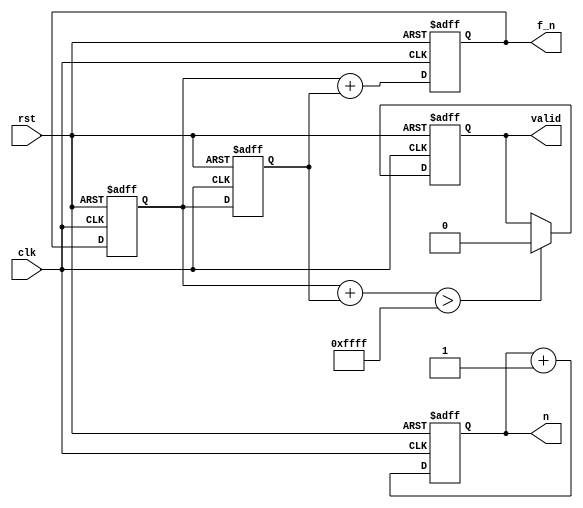
module Padovan_Sequence(
    
    input clk,
    input rst,
    output reg[16-1:0] f_n,
    output reg[16-1:0] n,
    output reg valid
    );
    reg [16-1:0]f_n_1, f_n_2, f_n_3;
    
    always @(posedge clk or negedge rst)
    if (!rst)
    begin
        f_n_1       = 0;
        f_n_2       = 1;
        f_n_3       = 0;
        valid       = 1;
        n           = 0;
        f_n         = f_n_2+f_n_3;
    end
    else
    begin
        f_n_3   = f_n_2;
        f_n_2   = f_n_1;
        f_n_1   = f_n;
        f_n     = f_n_2+f_n_3;
        n       = n+1;
        if (f_n_2 + f_n_3 > 2**16 - 1)
            valid = 0;
    end
endmodule